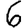
Digit: 6